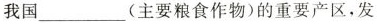
我国___（主要粮食作物）的重要产区，发